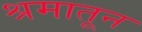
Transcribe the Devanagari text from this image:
श्रमातून